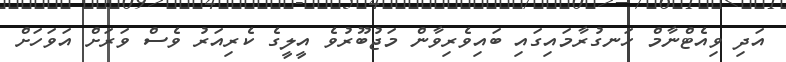
އަދި ވިއެޓްނާމް ހަނގުރާމައިގައި ބައިވެރިވާން މަޖުބޫރުވެ އީލީގެ ކެރިއަރު ވެސް ވަރަށް އަވަހަށް